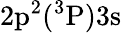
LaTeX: \mathrm{2p^{2}(^{3}P)3s}